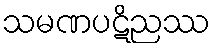
သမဏပဋိညဿ